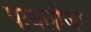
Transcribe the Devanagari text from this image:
पायलोजम